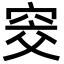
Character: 窔